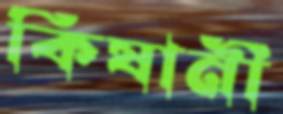
কিষানী